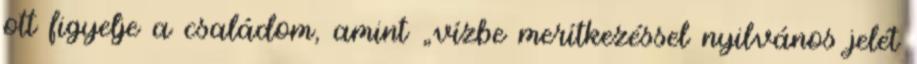
ott figyelje a családom, amint „vízbe merítkezéssel nyilvános jelét